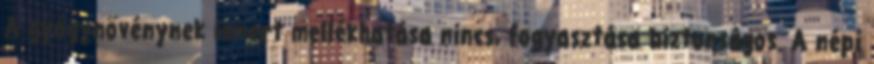
A gyógynövénynek ismert mellékhatása nincs, fogyasztása biztonságos. A népi